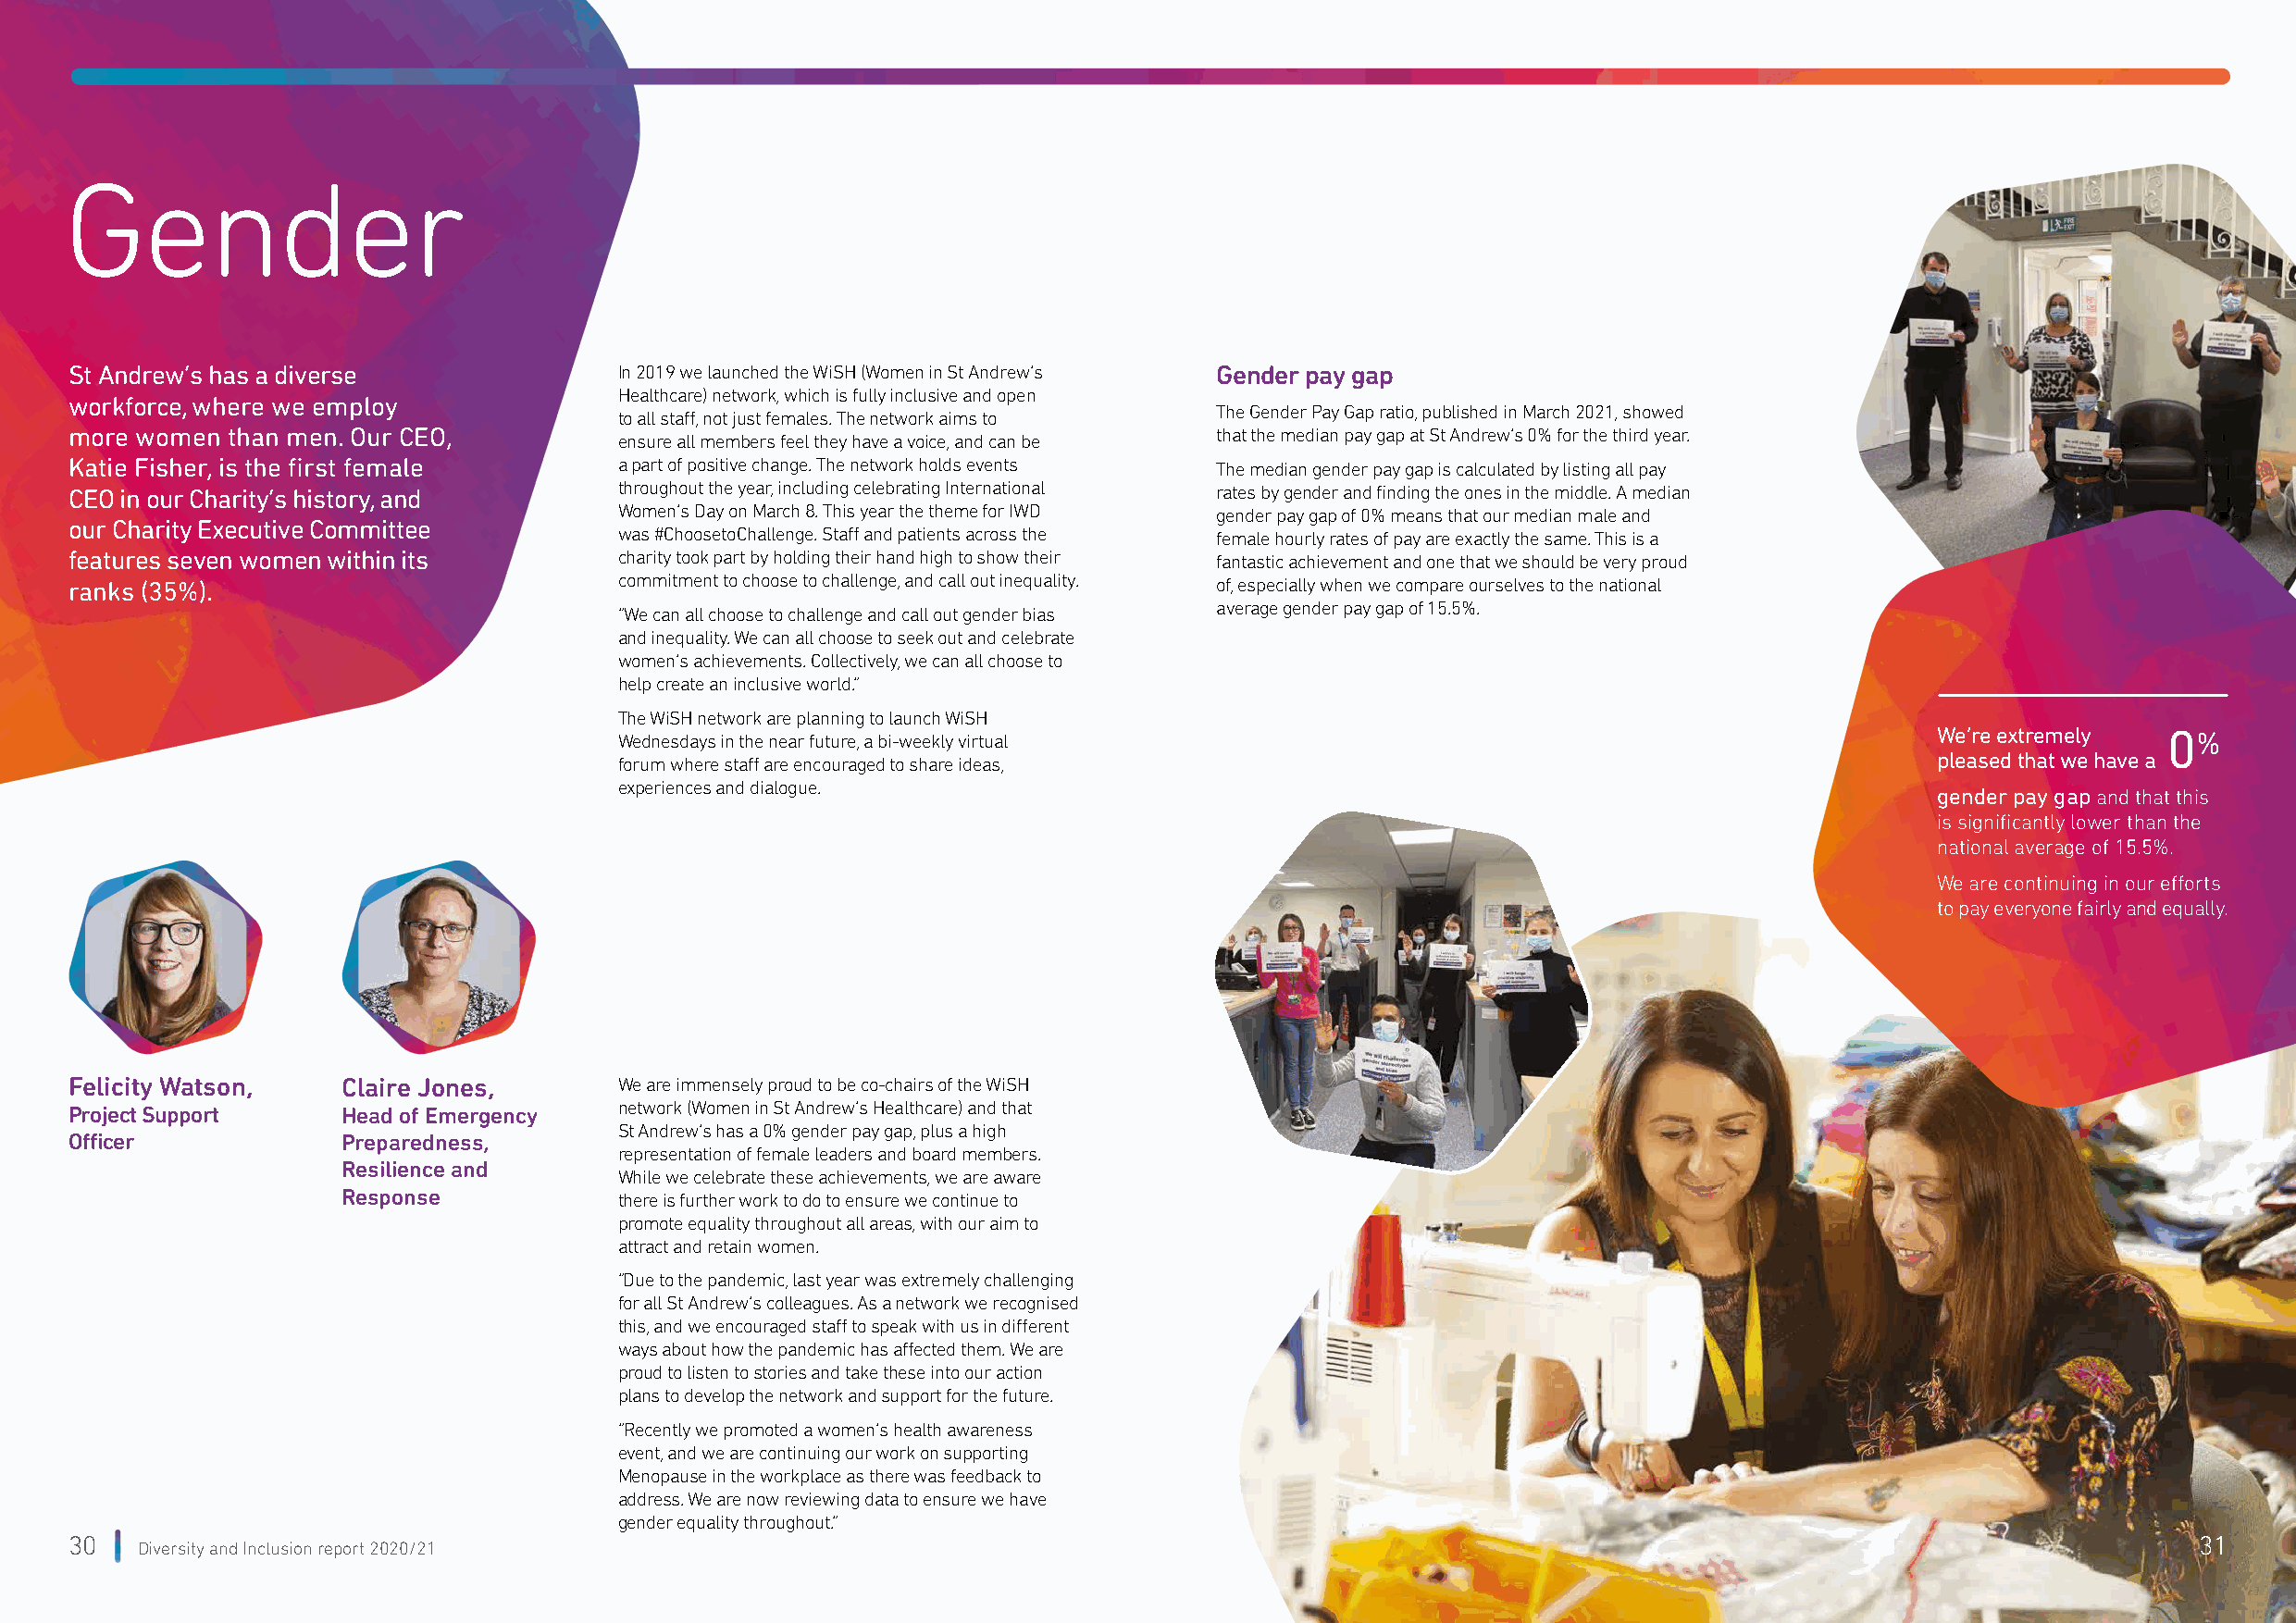
Gender
 St Andrew’s has a diverse              In 2019 we launched the WiSH (Women in St Andrew’s Gender pay gap
 Healthcare) network, which is fully inclusive and open
 workforce, where we employ
 The Gender Pay Gap ratio, published in March 2021, showed
 to all staff, not just females. The network aims to
 more women than men. Our CEO,                                                     that the median pay gap at St Andrew’s 0% for the third year.
 ensure all members feel they have a voice, and can be
 Katie Fisher, is the first female      a part of positive change. The network holds events The median gender pay gap is calculated by listing all pay
 CEO in our Charity’s history, and      throughout the year, including celebrating International rates by gender and finding the ones in the middle. A median
 Women’s Day on March 8. This year the theme for IWD gender pay gap of 0% means that our median male and
 our Charity Executive Committee
 was #ChoosetoChallenge. Staff and patients across the female hourly rates of pay are exactly the same. This is a
 features seven women within its        charity took part by holding their hand high to show their fantastic achievement and one that we should be very proud
 ranks (35%).                           commitment to choose to challenge, and call out inequality. of, especially when we compare ourselves to the national
 average gender pay gap of 15.5%.
 “We can all choose to challenge and call out gender bias
 and inequality. We can all choose to seek out and celebrate
 women’s achievements. Collectively, we can all choose to
 help create an inclusive world.”
 The WiSH network are planning to launch WiSH
 Wednesdays in the near future, a bi-weekly virtual
 We’re extremely 0%
 forum where staff are encouraged to share ideas,                                               pleased that we have a
 experiences and dialogue.
 gender pay gap and that this
 is significantly lower than the
 national average of 15.5%.
 We are continuing in our efforts
 to pay everyone fairly and equally.
 Felicity Watson,   Claire Jones,       We are immensely proud to be co-chairs of the WiSH
 Project Support    Head of Emergency   network (Women in St Andrew’s Healthcare) and that
 St Andrew’s has a 0% gender pay gap, plus a high
 Officer            Preparedness,
 representation of female leaders and board members.
 Resilience and
 While we celebrate these achievements, we are aware
 Response            there is further work to do to ensure we continue to
 promote equality throughout all areas, with our aim to
 attract and retain women.
 “Due to the pandemic, last year was extremely challenging
 for all St Andrew’s colleagues. As a network we recognised
 this, and we encouraged staff to speak with us in different
 ways about how the pandemic has affected them. We are
 proud to listen to stories and take these into our action
 plans to develop the network and support for the future.
 “Recently we promoted a women’s health awareness
 event, and we are continuing our work on supporting
 Menopause in the workplace as there was feedback to
 address. We are now reviewing data to ensure we have
 gender equality throughout.”
 30                                                                                                                                                      31
 Diversity and Inclusion report 2020/21